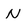
Character: N